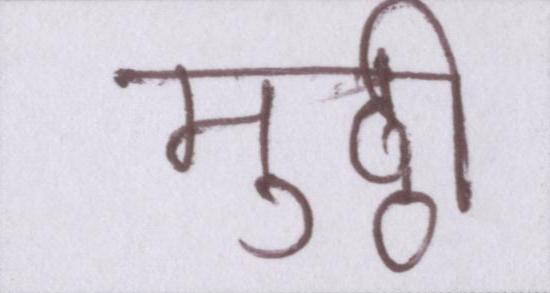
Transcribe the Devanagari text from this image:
मुठ्ठी